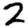
Digit: 2